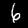
Label: 6